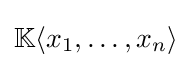
\mathbb {K} \langle x_{1},\ldots ,x_{n}\rangle